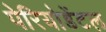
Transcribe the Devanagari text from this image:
पेरियोडेंटल